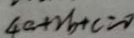
4 a + 2 b + c = 0